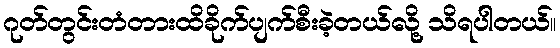
ဂုတ်တွင်းတံတားထိခိုက်ပျက်စီးခဲ့တယ်လို့ သိရပါတယ်။